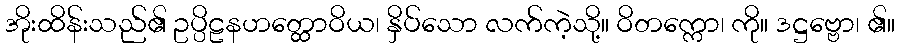
အိုးထိန်းသည်၏ ဥပ္ပိဠနဟတ္ထောဝိယ၊ နှိပ်သော လက်ကဲ့သို့။ ဝိတက္ကော၊ ကို။ ဒဋ္ဌဗ္ဗော၊ ၏။